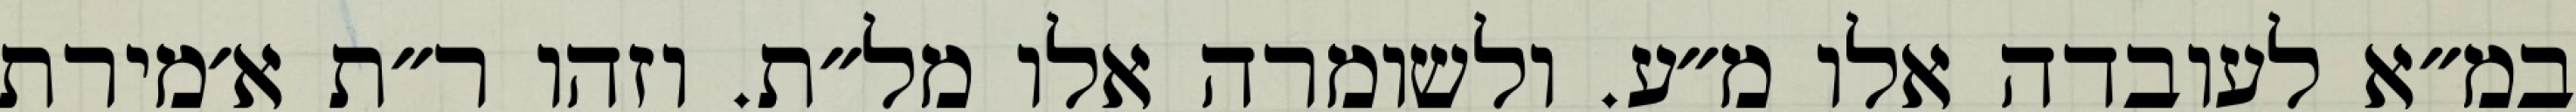
במ״א לעובדה אלו מ״ע. ולשומרה אלו מל״ת. וזהו ר״ת א׳מירת